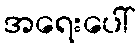
အရေးပေါ်